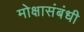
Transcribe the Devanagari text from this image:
मोक्षासंबंधी